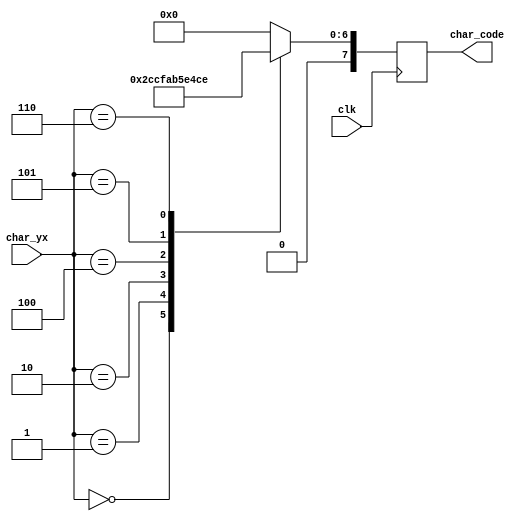
`timescale 1ns / 1ps
//////////////////////////////////////////////////////////////////////////////////
// Company: AGH
// 
// Design Name: 
// Module Name: you_win_writing
// Project Name: Entliczek pentliczek
// Target Devices: 
// Tool Versions: 
// Description: Napis YOU WIN
// 
// Dependencies: 
// 
// Revision:
// Revision 0.01 - File Created
// Additional Comments:
// 
//////////////////////////////////////////////////////////////////////////////////


module you_win_writing(
    input  wire        clk,
    input  wire [7:0]  char_yx, 
    output reg  [7:0]  char_code 
);
    
    // signal declaration
    reg [7:0] data;

// body
always @(posedge clk)
    char_code <= data;

always @* begin
    case (char_yx)
        8'h00: data = 8'h59; //Y
        8'h01: data = 8'h4f; //O
        8'h02: data = 8'h55; //U
        8'h03: data = 8'h00; //
        8'h04: data = 8'h57; //W
        8'h05: data = 8'h49; //I
        8'h06: data = 8'h4e; //N
        
        default: data = 8'h00;
    endcase
end

endmodule